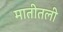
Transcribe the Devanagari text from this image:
मातीतली